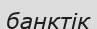
банктік